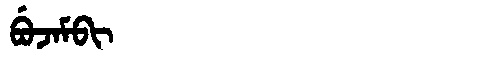
Manchu: ᠪᡠᠵᠠᠮᠪᡳ
Romanization: BUJAMBI